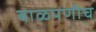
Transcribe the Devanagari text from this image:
बाळपणीच